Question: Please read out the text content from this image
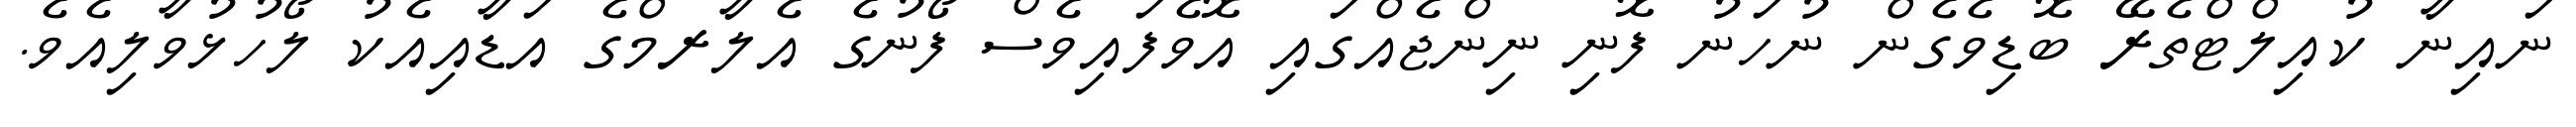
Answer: ނައިނާ ކުއިލްޓްތެރޭ ބޮޑިވެގެން ނުހަނު ފޮނި ނިންޖެއްގައި އޮވެފައިވެސް ފޯނުގެ އެލާރމްގެ އަޑާއިއެކު ލޯހުޅުވާލިއެވެ.